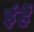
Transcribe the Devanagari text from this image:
इंहें